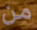
من